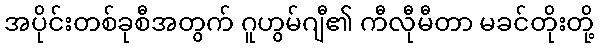
အပိုင်းတစ်ခုစီအတွက် ဂူဟွမ်ဂျီ၏ ကီလီုမီတာ မခင်တိုးတို့